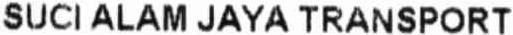
SUCI ALAM JAYA TRANSPORT